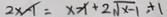
2 \times - 1 = x - 1 + 2 \sqrt { x - 1 } , + 1